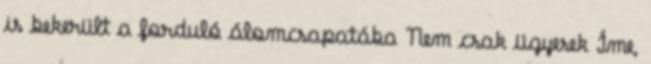
is bekerült a forduló álomcsapatába Nem csak ügyesek Íme,